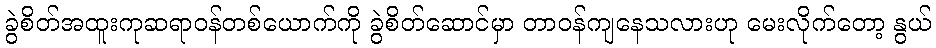
ခွဲစိတ်အထူးကုဆရာဝန်တစ်ယောက်ကို ခွဲစိတ်ဆောင်မှာ တာဝန်ကျနေသလားဟု မေးလိုက်တော့ နွယ်